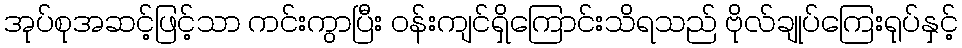
အုပ်စုအဆင့်ဖြင့်သာ ကင်းကွာပြီး ဝန်းကျင်ရှိကြောင်းသိရသည် ဗိုလ်ချုပ်ကြေးရုပ်နှင့်